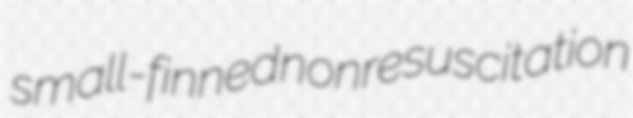
small-finned nonresuscitation